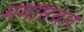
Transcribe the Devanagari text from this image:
मेमोरियल